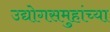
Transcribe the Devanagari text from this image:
उद्योगसमुहांच्या